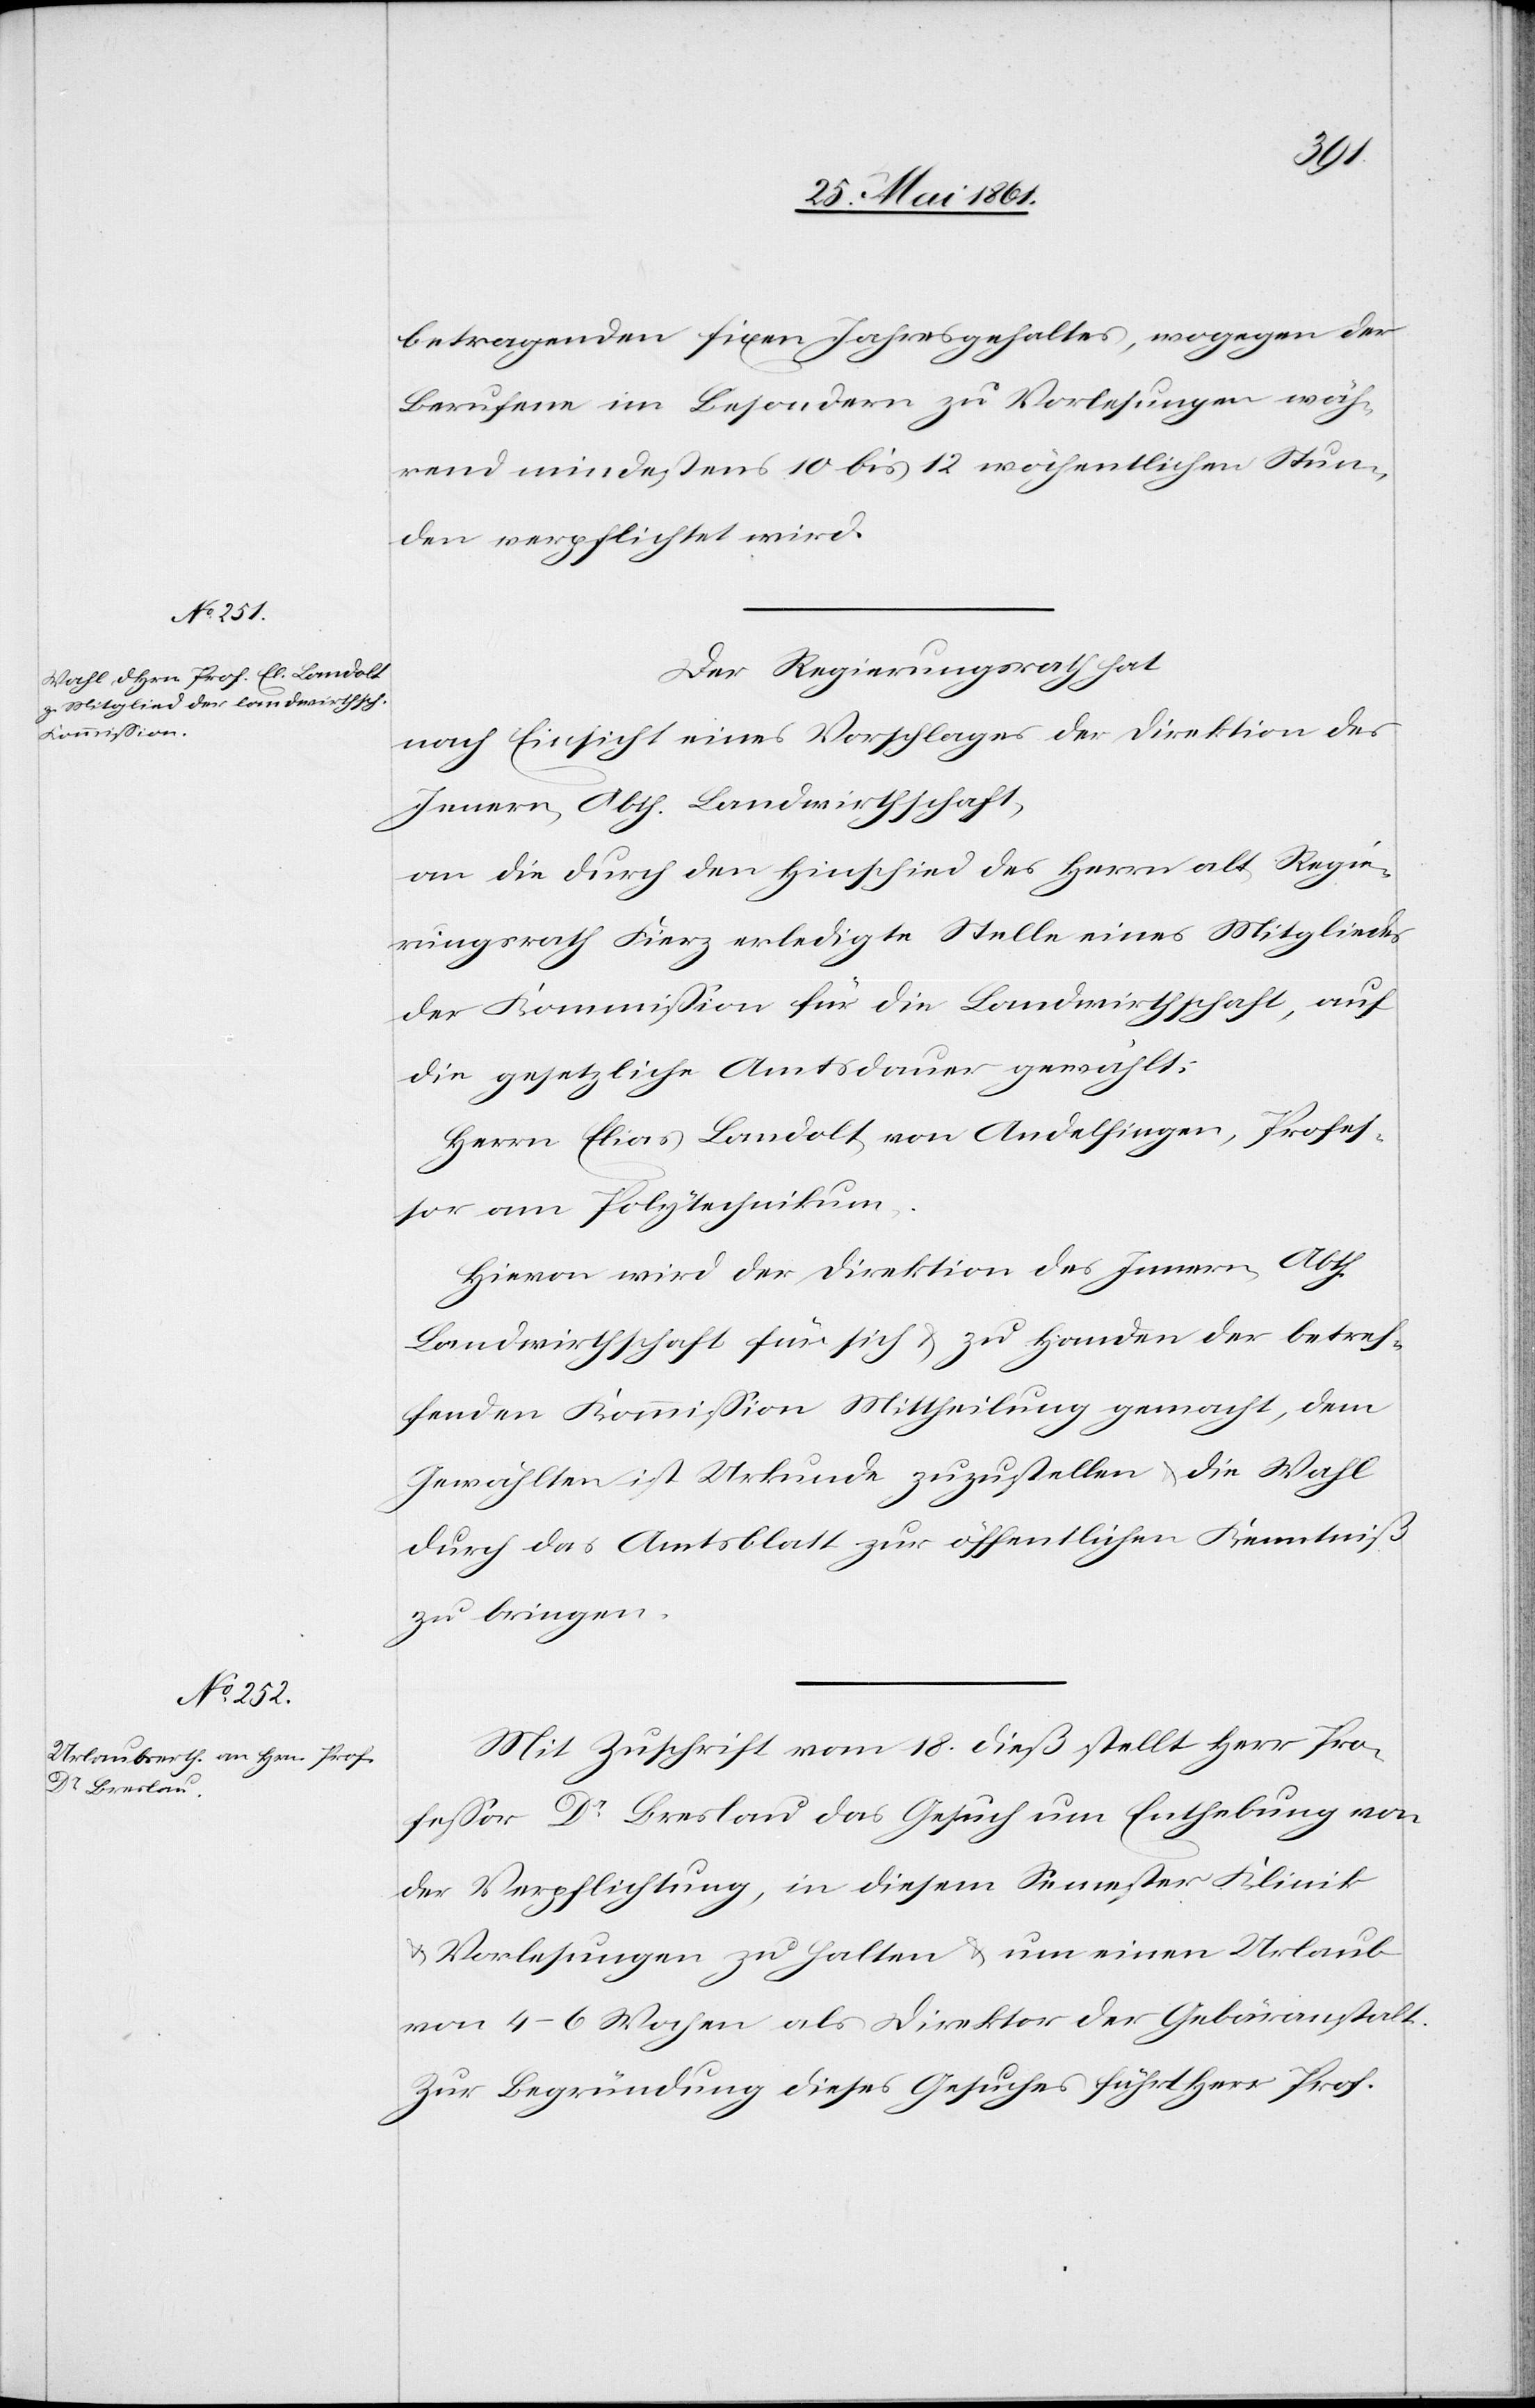
betragenden fixen Jahresgehaltes, wogegen der
Berufene im Besondern zu Vorlesungen wäh¬
rend mindestens 10 bis 12 wöchentlichen Stun¬
den verpflichtet wird.
Der Regierungsrath hat
nach Einsicht eines Vorschlages der Direktion des
Innern, Abth. Landwirthschaft,
an die durch den Hinschied des Herrn alt Regie¬
rungsrath Fierz erledigte Stelle eines Mitgliedes
der Kommission für die Landwirthschaft, auf
die gesetzliche Amtsdauer gewählt:
Herrn Elias Landolt von Andelfingen, Profes¬
sor am Polytechnikum.
Hievon wird der Direktion des Innern, Abth.
Landwirthschaft für sich u. zu Handen der betref¬
fenden Kommission Mittheilung gemacht, dem
Gewählten ist Urkunde zuzustellen u. die Wahl
durch das Amtsblatt zur öffentlichen Kenntniß
zu bringen.
Mit Zuschrift vom 18. dieß stellt Herr Pro¬
fessor Dr. Breslau das Gesuch um Enthebung von
der Verpflichtung, in diesem Semester Klinik
u. Vorlesungen zu halten u. um einen Urlaub
von 4–6 Wochen als Direktor der Gebäranstalt.
Zur Begründung dieses Gesuches führt Herr Prof.